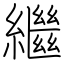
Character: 繼